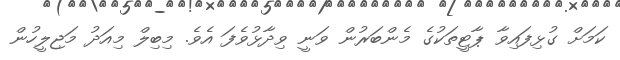
ކަމަށް ގުޅިފައިވާ ޕާޓީތަކުގެ މެންބަރުން ވަނީ ވިދާޅުވެފަ އެވެ. މިބިލް މިއަދު މަޖިލީހުން